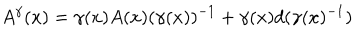
LaTeX: A ^ { \gamma } ( x ) = \gamma ( x ) A ( x ) ( \gamma ( x ) ) ^ { - 1 } + \gamma ( x ) d ( \gamma ( x ) ^ { - 1 } )